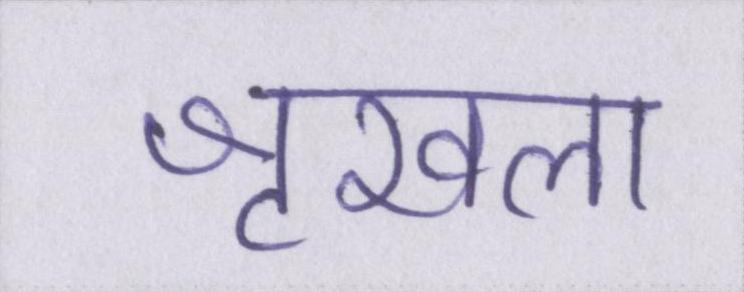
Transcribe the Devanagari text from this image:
शृखला